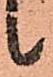
候